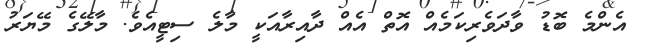
އެންމެ ބޮޑު ވާދަވެރިކަމެއް އޮތް އެއް ދާއިރާއަކީ މާލެ ސިޓީއެވެ. މާލޭގެ މޭޔަރު